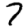
Digit: 7